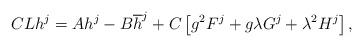
LaTeX: \begin{align*} CLh^{j} = Ah^{j} - B \overline{h}^{j} + C \left[g^{2}F^{j} + g \lambda G^{j} + \lambda^{2} H^{j} \right],\end{align*}